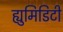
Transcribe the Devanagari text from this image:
ह्युमिडिटी